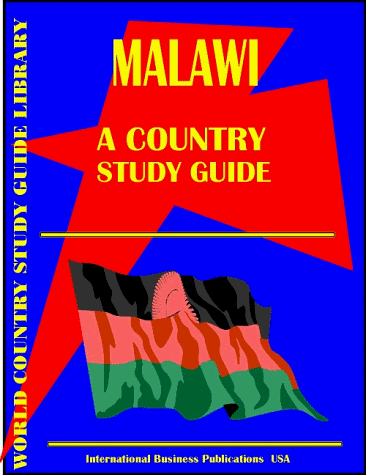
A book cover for Malawi Country Study Guide (World Country Study Guide; Ibp Usa; Travel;